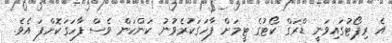
އެ ރިޕޯޓުގައިވަނީ ޑްރަގް ކޯޓުގެ ޓީމަށް ފާހަގަކުރެވުނު ކަންކަން ވެސް ފާހަގަކޮށްފަ އެވެ.